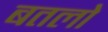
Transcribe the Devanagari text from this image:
बतलो